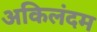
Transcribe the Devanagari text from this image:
अकिलंदम